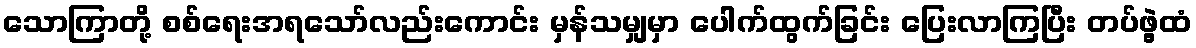
သောကြာတို့ စစ်ရေးအရသော်လည်းကောင်း မှန်သမျှမှာ ပေါက်ထွက်ခြင်း ပြေးလာကြပြီး တပ်ဖွဲ့ထံ